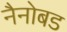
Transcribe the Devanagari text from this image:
नैनोबड